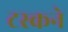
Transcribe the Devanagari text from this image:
टस्कने